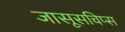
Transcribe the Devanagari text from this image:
जासूसचिप्स